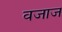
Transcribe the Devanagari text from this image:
वजाज